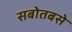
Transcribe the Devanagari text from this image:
सबोतबसे